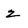
Character: 2